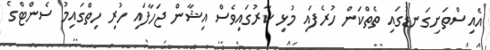
އެއިސްތަށިގަނޑުގައި ތެތްކަން ހުރެފައި މުޅި ކާރުގައިވެސް އިޝާން ޖަހާފައި ހުރި ހިތްގައިމު ސެންޓްގެ